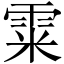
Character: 𩂮